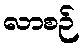
လာစဉ်